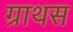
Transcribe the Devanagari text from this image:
ग्राथस